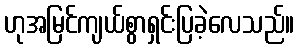
ဟုအမြင်ကျယ်စွာရှင်းပြခဲ့လေသည်။